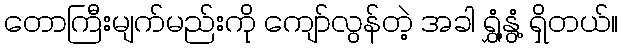
တောကြီးမျက်မည်းကို ကျော်လွန်တဲ့ အခါ ရွှံ့နွံ့ ရှိတယ်။